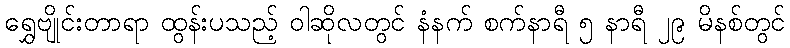
ရွှေဗျိုင်းတာရာ ထွန်းပသည့် ဝါဆိုလတွင် နံနက် စက်နာရီ ၅ နာရီ ၂၉ မိနစ်တွင်